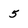
Character: 5